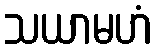
သယာမဟံ